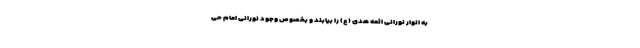
به انوار نورانی ائمه هدی (ع) را بیابند و بخصوص وجود نورانی امام حی